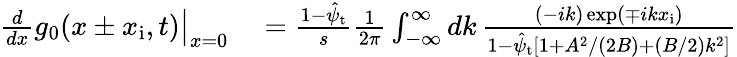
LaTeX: \begin{array}{rl}{\left.\frac{d}{dx}g_{0}(x\pm x_{\mathrm{i}},t)\right|_{x=0}}&{{}=\frac{1-\hat{\psi}_{\mathrm{t}}}{s}\frac{1}{2\pi}\int_{-\infty}^{\infty}dk\, \frac{(-ik)\exp(\mp ikx_{\mathrm{i}})}{1-\hat{\psi}_{\mathrm{t}}\left[1+A^{2}/(2B)+(B/2)k^{2}\right]}}\end{array}